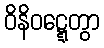
ဝိနိဝဋ္ဋေတွာ